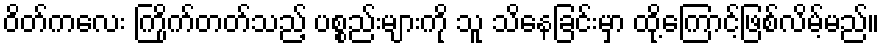
ဝိတ်ကလေး ကြိုက်တတ်သည့် ပစ္စည်းများကို သူ သိနေခြင်းမှာ ထို့ကြောင့်ဖြစ်လိမ့်မည်။